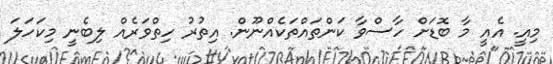
މިއީ. އެއީ މާ ބޮޑަށް ހާސްވާ ކަންތައްތަކެއްނޫން. އިތުރު ހިތްވަރެއް ލިބެނީ މިކަހަލަ